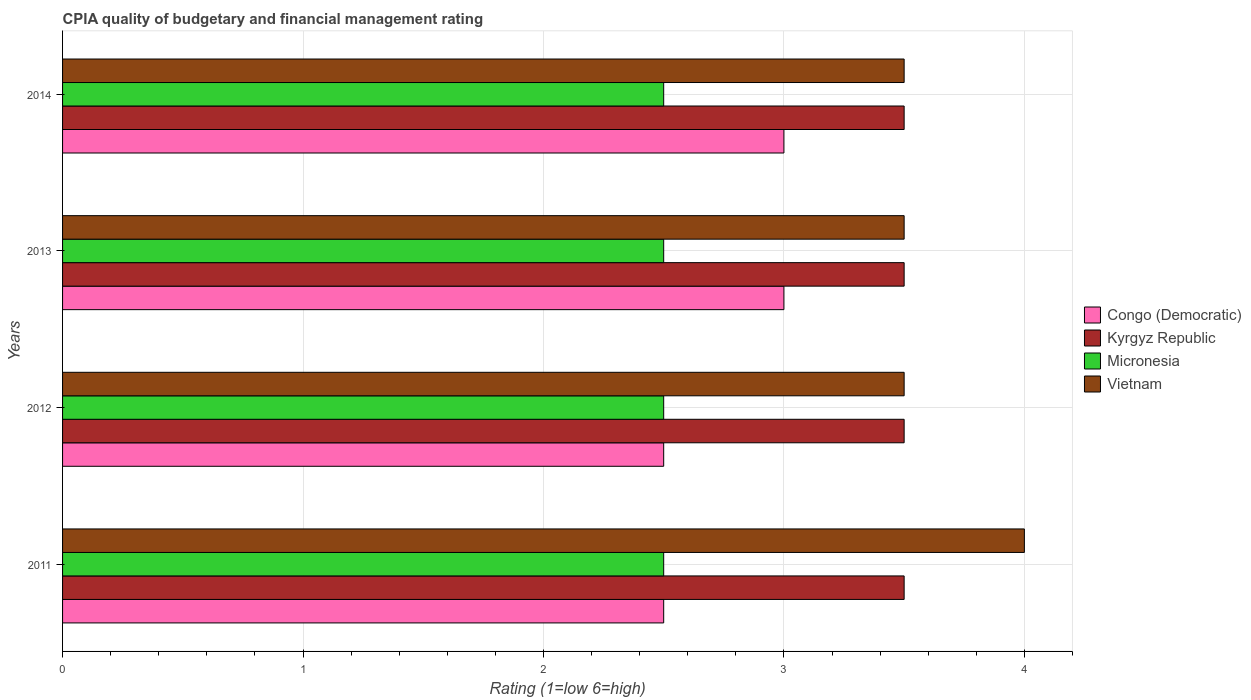
| Years | Congo (Democratic) | Kyrgyz Republic | Micronesia | Vietnam |
 | --- | --- | --- | --- | --- |
 | 2011 | 2.5 | 3.5 | 2.5 | 4 |
 | 2012 | 2.5 | 3.5 | 2.5 | 3.5 |
 | 2013 | 3 | 3.5 | 2.5 | 3.5 |
 | 2014 | 3 | 3.5 | 2.5 | 3.5 |